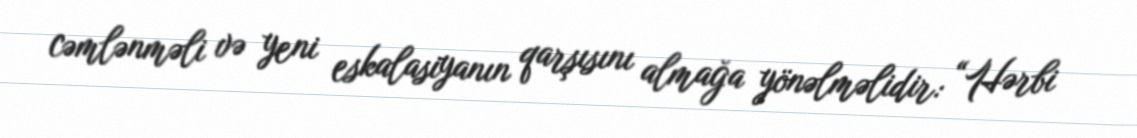
cəmlənməli və yeni eskalasiyanın qarşısını almağa yönəlməlidir: “Hərbi